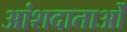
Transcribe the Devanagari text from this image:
आंशदाताओं